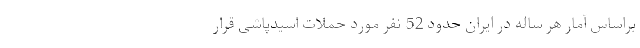
براساس آمار هر ساله در ایران حدود 52 نفر مورد حملات اسیدپاشی قرار